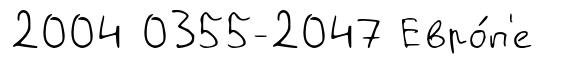
2004 0355-2047 Евро́п'е